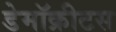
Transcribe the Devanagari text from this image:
डेमॉक्रीटस